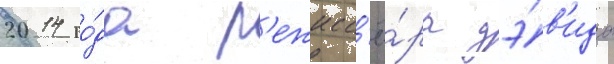
2014 го́да р'ежисс'ё́ра дэ́в'ида